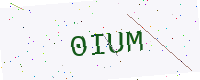
Text: 0IUM